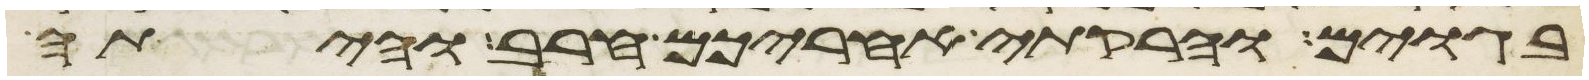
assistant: בגוים והרקתי אחריכם חרב והיתה